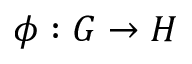
\phi : G \to H